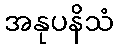
အနုပနိသံ